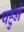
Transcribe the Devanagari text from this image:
पहुंने